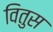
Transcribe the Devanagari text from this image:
वितुस